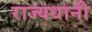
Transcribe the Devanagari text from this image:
राज्यधानी